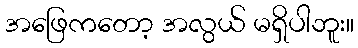
အဖြေကတော့ အလွယ် မရှိပါဘူး။